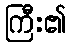
ကြီး၏